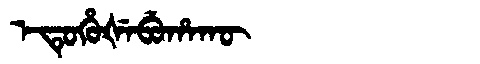
Manchu: ᡝᡨᡠᡥᡠᡧᡝᠪᡠᡥᠠᡴᡡ
Romanization: ETUHUŠEBUHAKŪ